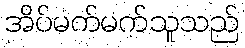
အိပ်မက်မက်သူသည်